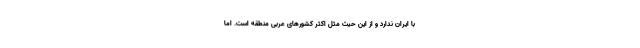
با ایران ندارد و از این حیث مثل اکثر کشورهای عربی منطقه است. اما